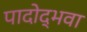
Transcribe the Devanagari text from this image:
पादोद्भवा